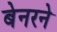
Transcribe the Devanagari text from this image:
बेनरने